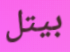
بيتل